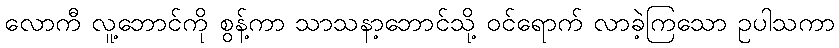
လောကီ လူ့ဘောင်ကို စွန့်ကာ သာသနာ့ဘောင်သို့ ဝင်ရောက် လာခဲ့ကြသော ဥပါသကာ